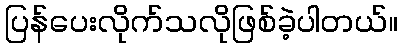
ပြန်ပေးလိုက်သလိုဖြစ်ခဲ့ပါတယ်။